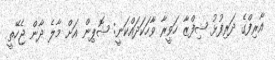
އާރިފްގެ ދަރިފުޅު ޝިފްޒާ ހަވީރާ ވާހަކަދައްކަނީ: ޝޮޕިން އަށް މާލެ ދާން ޖެހޭތީ